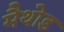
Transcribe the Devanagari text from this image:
मैथोड